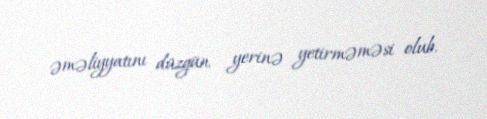
əməliyyatını düzgün yerinə yetirməməsi olub.